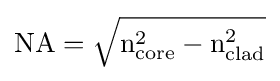
{\rm {{NA}={\sqrt {n_{\rm {core}}^{2}-n_{\rm {clad}}^{2}}}}}